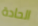
الحادة